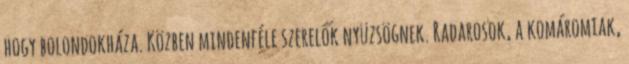
hogy bolondokháza. Közben mindenféle szerelők nyüzsögnek. Radarosok, a komáromiak,